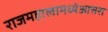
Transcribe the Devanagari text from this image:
राजमहालामध्येआसरा